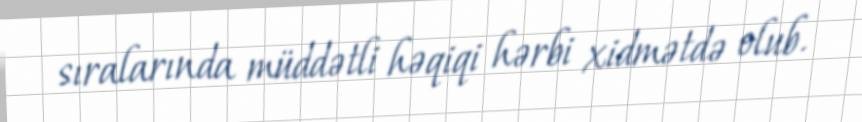
sıralarında müddətli həqiqi hərbi xidmətdə olub.